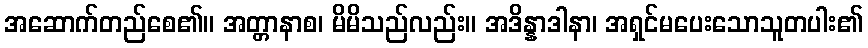
အဆောက်တည်စေ၏။ အတ္တာနာစ၊ မိမိသည်လည်း။ အဒိန္နာဒါနာ၊ အရှင်မပေးသောသူတပါး၏